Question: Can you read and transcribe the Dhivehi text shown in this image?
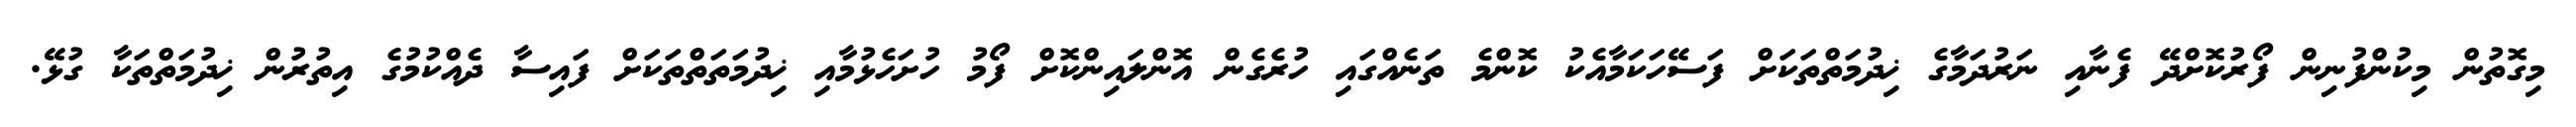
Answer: މިގޮތުން މިކުންފުނިން ފޯރުކޮށްދޭ ފެނާއި ނަރުދަމާގެ ޚިދުމަތްތަކަށް ފަސޭހަކަމާއެކު ކޮންމެ ތަނެއްގައި ހުރެގެން އޮންލައިންކޮށް ފޯމު ހުށަހެޅުމާއި ޚިދުމަތަތްތަކަށް ފައިސާ ދެއްކުމުގެ އިތުރުން ޚިދުމަތްތަކާ ގުޅޭ.